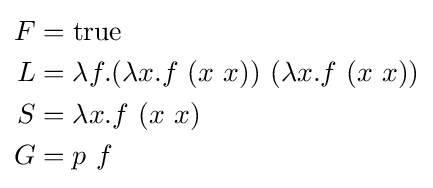
{\begin{aligned}F&=\operatorname {true} \\L&=\lambda f.(\lambda x.f\ (x\ x))\ (\lambda x.f\ (x\ x))\\S&=\lambda x.f\ (x\ x)\\G&=p\ f\end{aligned}}